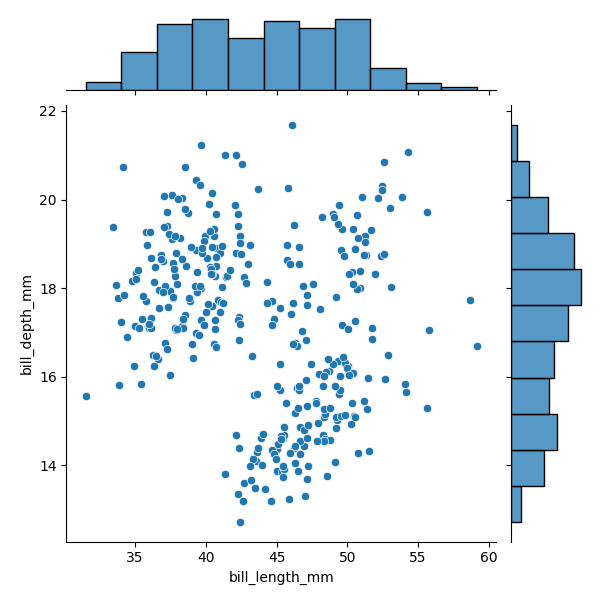
python, seaborn, JointGrid, scatterplot, histplot